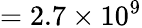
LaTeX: =2.7\times 10^{9}